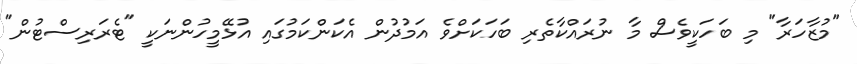
"މުޒާހަރާ" މި ބަހަކީވެސް މާ ނުރައްކާތެރި ބަހަކަށްވެ އަމުދުން އެކަންކަމުގައި އުޅޭމީހުންނަކީ "ޓެރަރިސްޓުން"